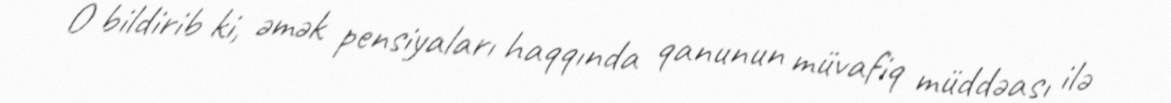
O bildirib ki, əmək pensiyaları haqqında qanunun müvafiq müddəası ilə